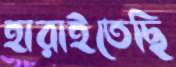
হারাইতেছি